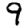
Digit: 9